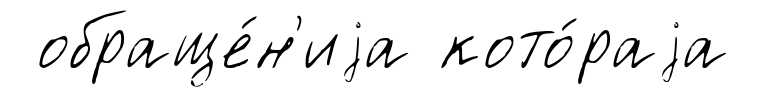
обраще́н'иjа кото́раjа